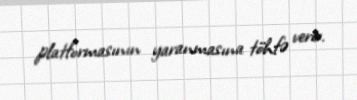
platformasının yaranmasına töhfə verir.